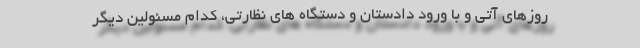
روزهای آتی و با ورود دادستان و دستگاه های نظارتی، کدام مسئولین دیگر